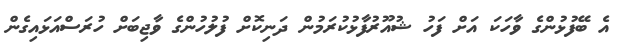
އެ ބޭފުޅުންގެ ވާހަކަ އަށް ފަހު ޝުއޫރުފާޅުކުރަމުން ދަނިކޮށް ފުލުހުންގެ ވާޖިބަށް ހުރަސްއަޅައިގެން